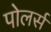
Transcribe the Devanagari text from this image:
पोलर्स